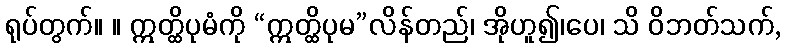
ရုပ်တွက်။ ။ ဣတ္ထိပုမံကို “ဣတ္ထိပုမ”လိန်တည်၊ အိုဟူ၍၊ပေ၊ သိ ဝိဘတ်သက်,